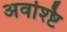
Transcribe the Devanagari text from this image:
अवश्ष्टि